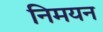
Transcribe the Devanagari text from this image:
निमयन